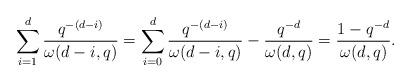
LaTeX: \begin{align*}\sum_{i=1}^d \frac{q^{-(d-i)}}{\omega(d-i,q)} = \sum_{i=0}^d \frac{q^{-(d-i)}}{\omega(d-i,q)} - \frac{q^{-d}}{\omega(d,q)} = \frac{1-q^{-d}}{\omega(d,q)}.\end{align*}